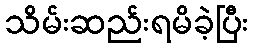
သိမ်းဆည်းရမိခဲ့ပြီး